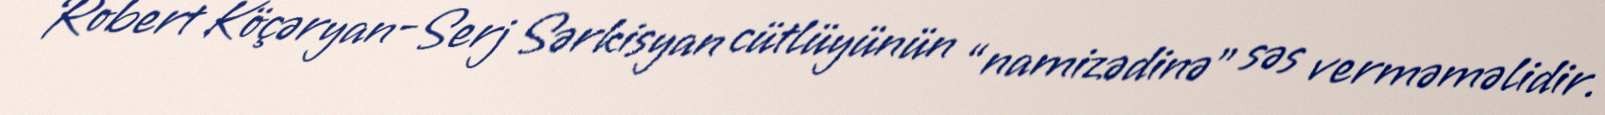
Robert Köçəryan-Serj Sərkisyan cütlüyünün “namizədinə” səs verməməlidir.